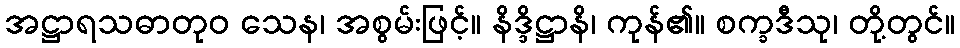
အဋ္ဌာရသဓာတုဝ သေန၊ အစွမ်းဖြင့်။ နိဒ္ဒိဋ္ဌာနိ၊ ကုန်၏။ စက္ခဒီသု၊ တို့တွင်။